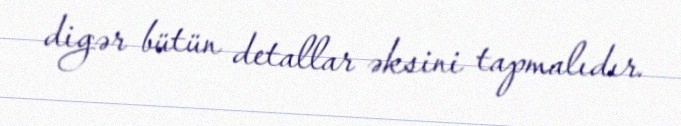
digər bütün detallar əksini tapmalıdır.